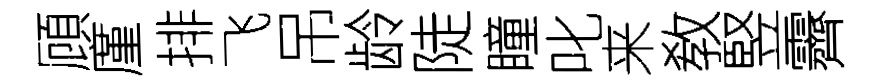
頋廑排飞吊龄陡瞳叱来敎竪霽